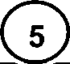
(5)